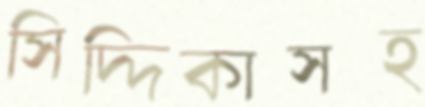
সিদ্দিকাসহ